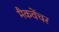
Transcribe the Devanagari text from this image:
मैकवेंचर